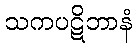
သကပဋိဘာနံ